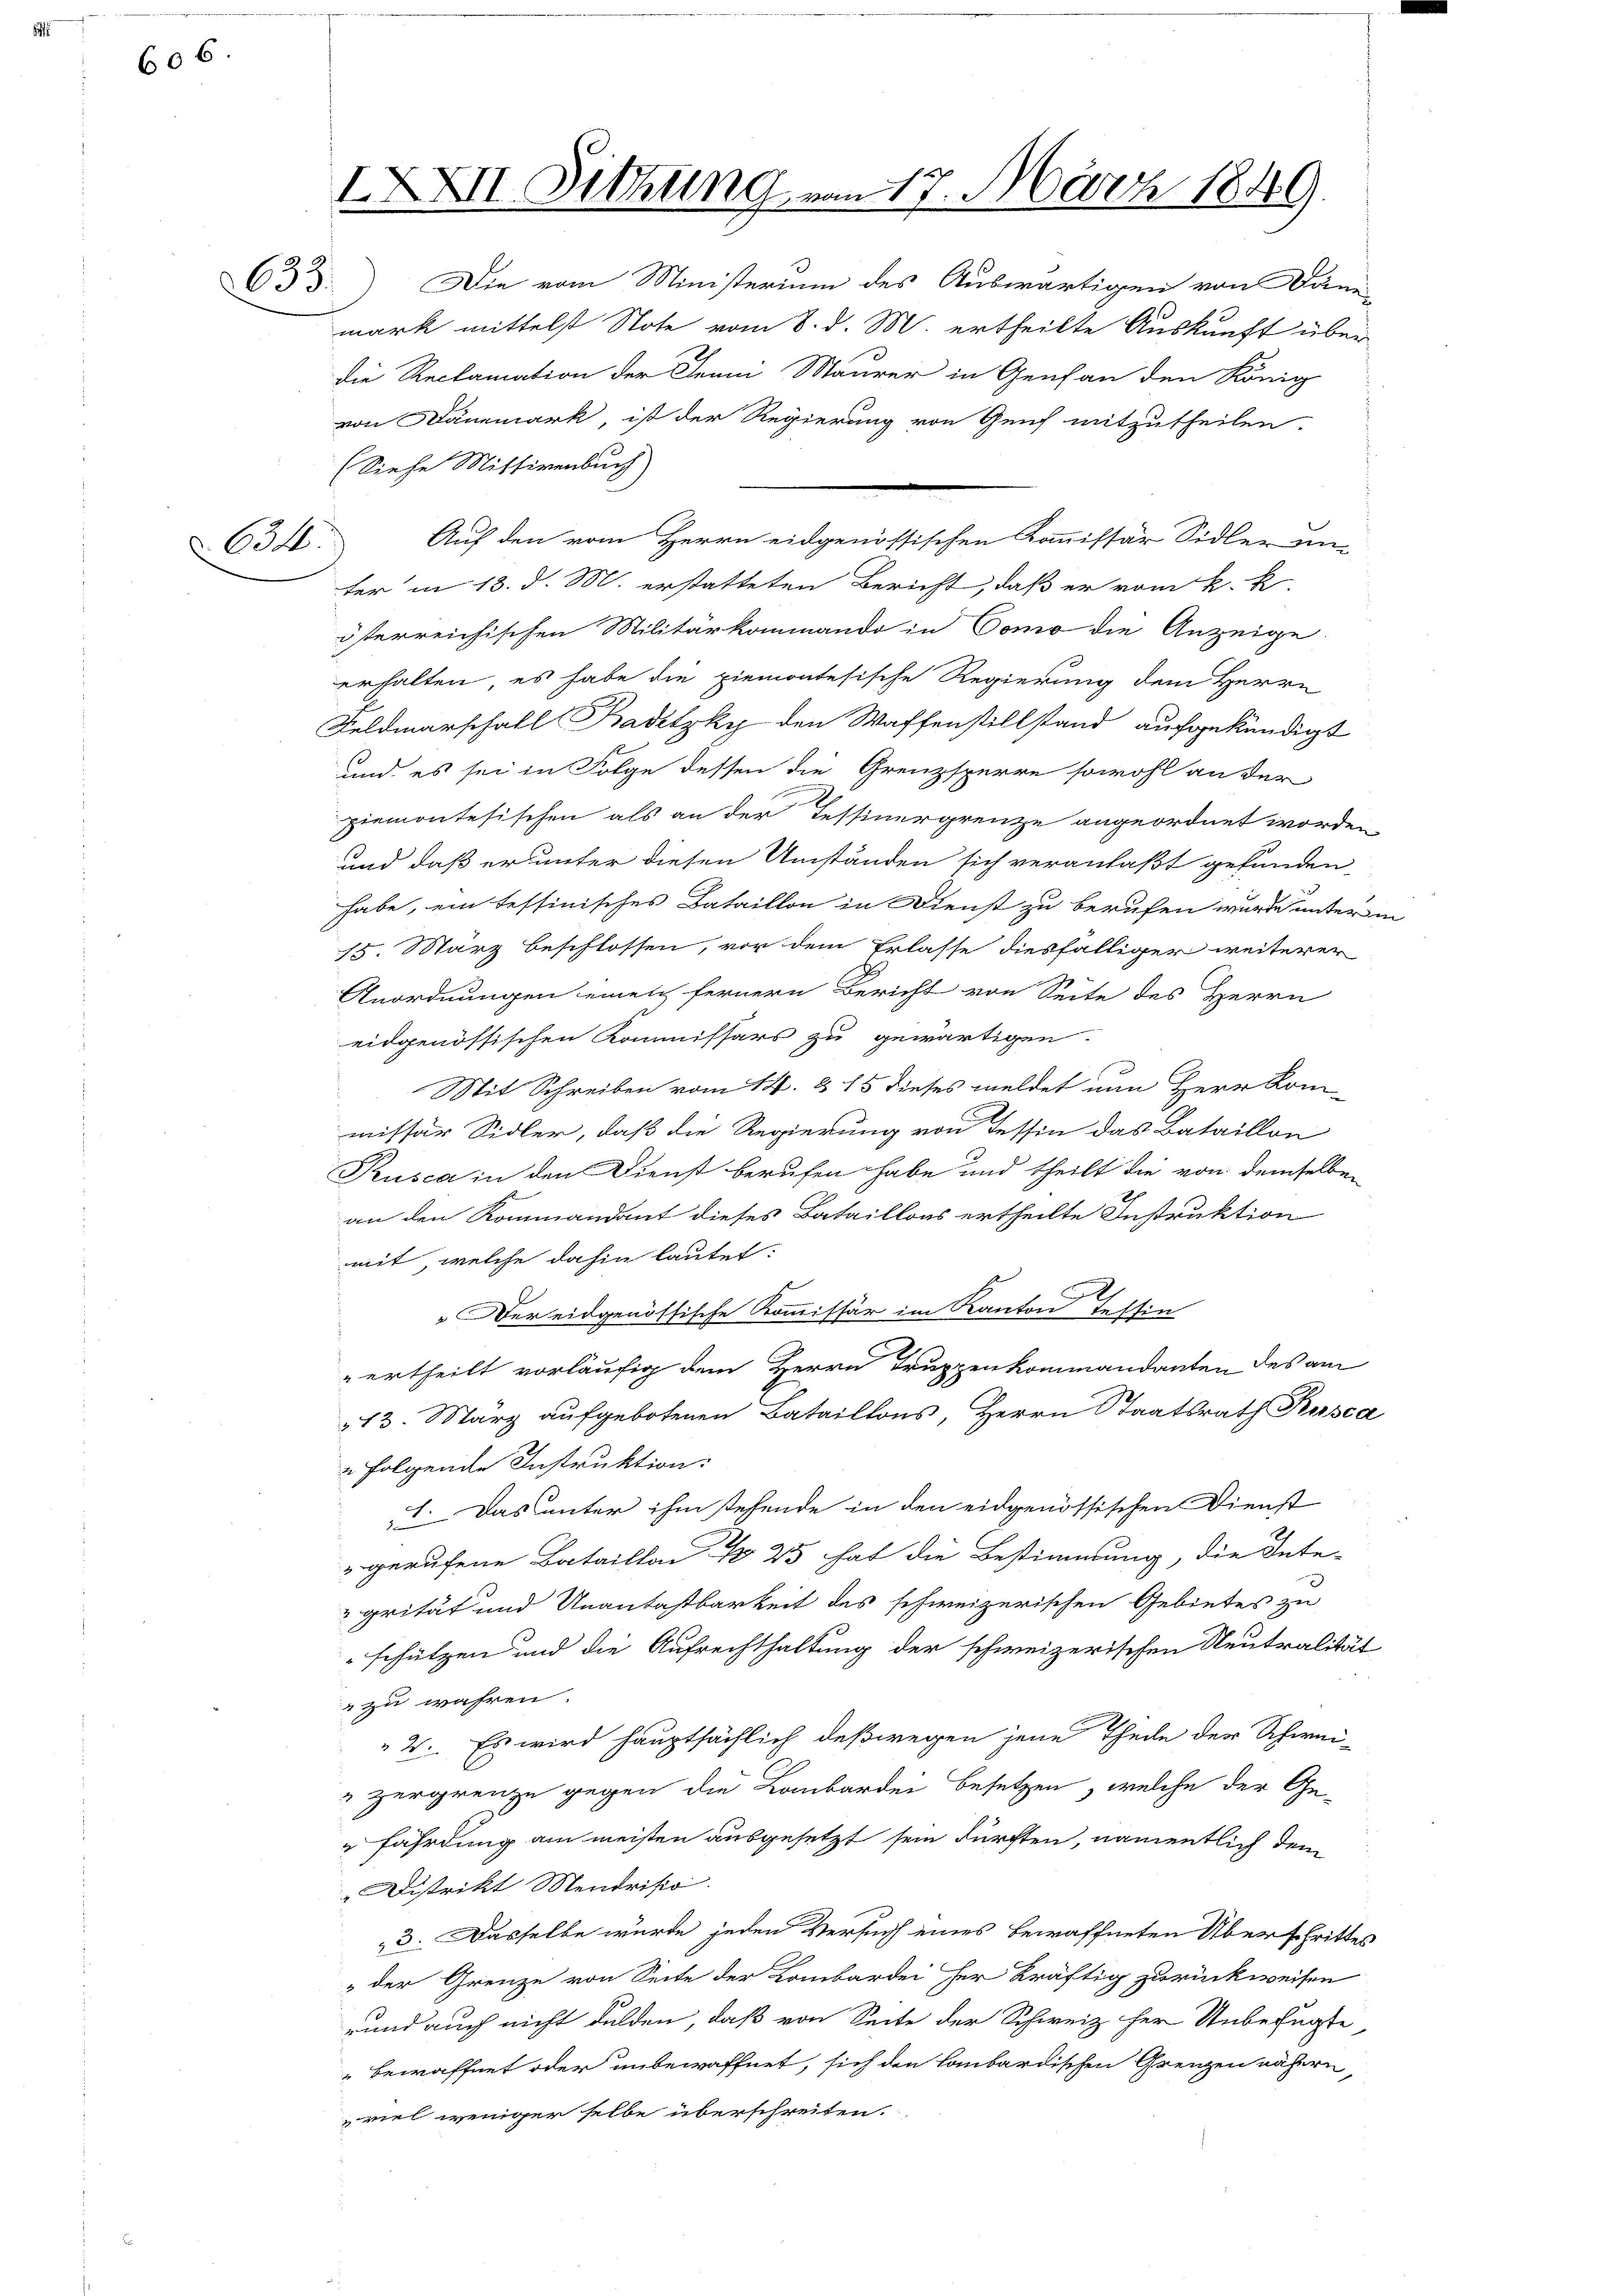
606.

IXXII. Sitzung vom 17. März 1849.

34

von Dänemark, ist der Regierung von Genf mitzutheilen.
(Siehe Mittirenbuch
Auf den vom Herrn eidgenössischen Kommissär Sidler un-
ter in 18. d. M. erstatteten Bericht, daß er vom k. k.
österreichischen Militärkommando in Como die Anzeige
erhalten, es habe die Piemontesische Regierung dem Herrn
Feldmarschall Badetzky den Waffenstillstand aufgekündigt
und es sei in Folge dessen die Grenzsperre sowohl an der
ziemontesischen als an der Tessinergrenze angeordnet worden
und daß er unter diesen Umständen sich veranlaßt gefunden,
habe, ein tessinisches Bataillon in Dienst zu berufen wurde unter
15. März beschlossen, vor dem Erlasse diesfälliger weiterer
Anordnungen einen fernern Bericht von Seite des Herrn
eidgenössischen Kommissärs zu gewärtigen.
Mit Schreiben vom 14. 8 15 dieses meldet nun Herr Kom-
missar Sidler, daß die Regierung von Tessin das Bataillon
Rusca in den Dienst berufen habe und theilt die von demselben
an den Kommandant dieses Bataillons ertheilte Instruktion
mit, welche dahin lautet:
" Der eidgenössische Kommissär im Kanton Tessin
ertheilt vorläufig dem Herrn Truppenkommandanten des am
13. März aufgebotenen Bataillons, Herrn Staatsrath Rusca
folgende Instruktion.
I. Das unter ihm stehende in den eidgenössischen Dienst
" gerufene Bataillon No 25 hat die Bestimmung, die Inte-
grität und Unantastbarkeit des schweizerischen Gebietes zu
schützen und die Aufrechthaltung der schweizerischen Neutralität
 zu wahren.
2. Es wird hauptsächlich deßwegen jene Theile der Schwei-
" Hergrenze gegen die Laubarden besetzen, welche der Ge-
fährdung am meisten ausgesetzt sein dürften, namentlich dem
Distrikt Mendrisio
23. Dasselbe wurde jeden Versuch eines bewaffneten Überschrittes
„der Grenze von Seite der Lombardei her kräftig zurückweisen
rund auch nicht dulden, daß von Seite der Schweiz her Unbefügte
bewaffnet oder unbewaffnet, sich den Lombardischen Grenzen nähern,
viel weniger selbe überschreiten.

Cd d.) Die vom Ministerium des Auswärtigen von Dänn-
mark mittelst Note vom 8. d. M. ertheilte Auskunft über
die Reclamation der Jenni Maurer in Genf an den König

x

2